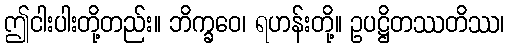
ဤငါးပါးတို့တည်း။ ဘိက္ခဝေ၊ ရဟန်းတို့။ ဥပဋ္ဌိတဿတိဿ၊